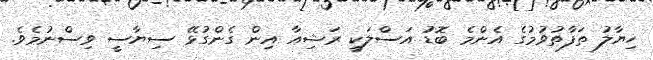
ހިޔާލު ތަފާތުވުމުގެ އެންމެ ބޮޑު އަސްލަކީ ރަޝިއާ އިން ގެންގުޅޭ ސިޔާސީ ވިސްނުމެވެ.